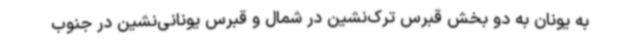
به یونان به دو بخش قبرس ترک‌نشین در شمال و قبرس یونانی‌نشین در جنوب